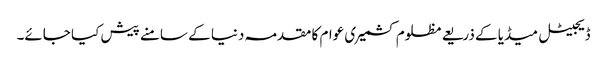
ڈیجیٹل میڈیا کے ذریعے مظلوم کشمیری عوام کا مقدمہ دنیا کے سامنے پیش کیا جائے۔